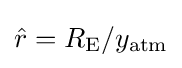
{\hat {r}}=R_{\mathrm {E} }/y_{\mathrm {atm} }